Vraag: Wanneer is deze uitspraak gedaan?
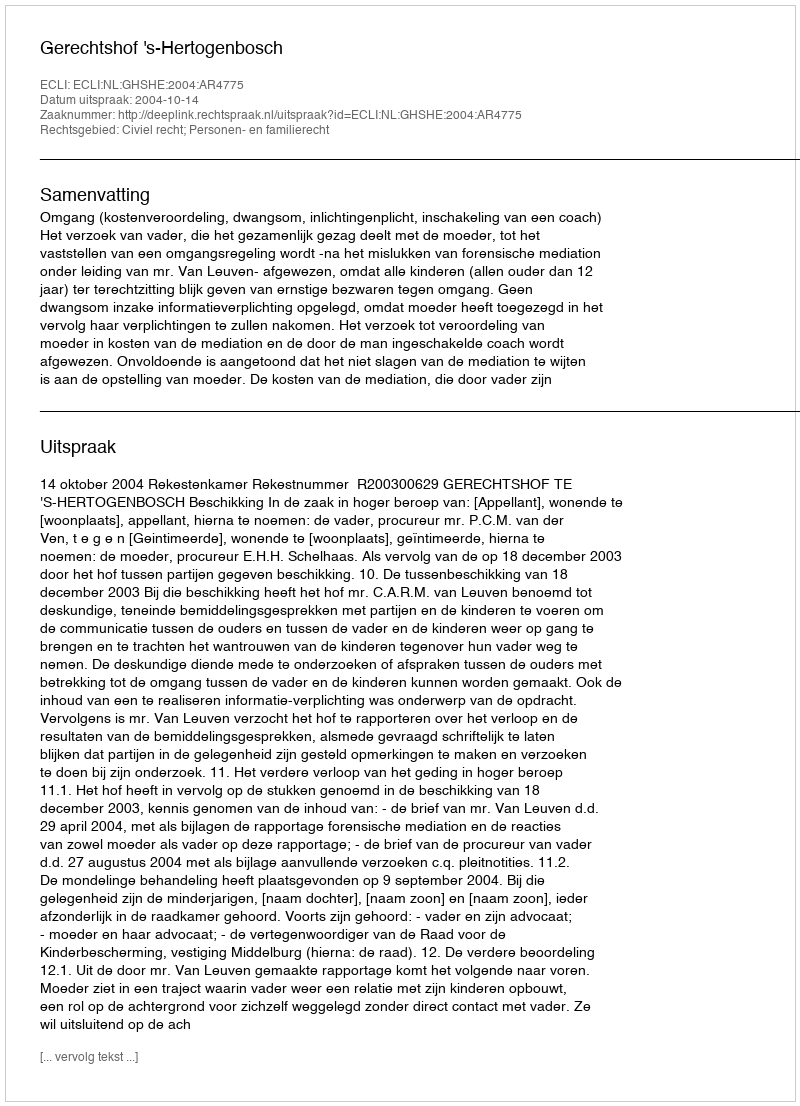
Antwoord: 2004-10-14